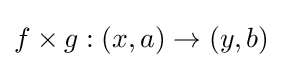
f\times g:(x,a)\to (y,b)